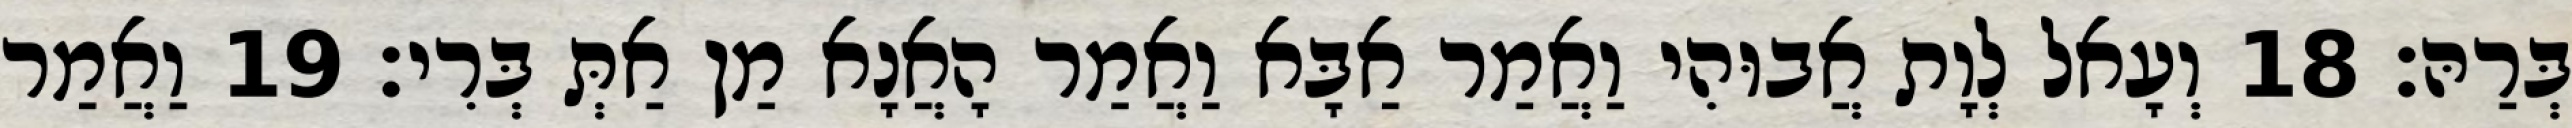
בְּרַהּ׃ 18 וְעָאל לְוָת אֲבוּהִי וַאֲמַר אַבָּא וַאֲמַר הָאֲנָא מַן אַתְּ בְּרִי׃ 19 וַאֲמַר